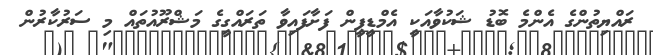
ރައްޔިތުންގެ އެންމެ ބޮޑު ޝަކުވާއަކީ އެމްޑީޕީން ފަށާފައިވާ ތަރައްގީގެ މަޝްރޫއުތައް މި ސަރުކާރުން